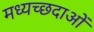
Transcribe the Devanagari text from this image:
मध्यच्छदाओं